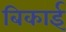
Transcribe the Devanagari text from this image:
बिकाई